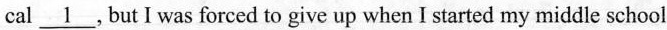
cal \underline{1}，ButIwas forced to give up when I started my middle school